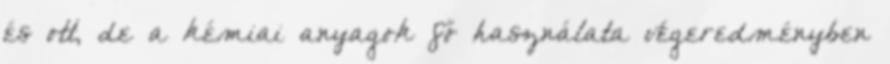
és ott, de a kémiai anyagok fő használata végeredményben